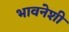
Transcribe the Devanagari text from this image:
भावनेशी